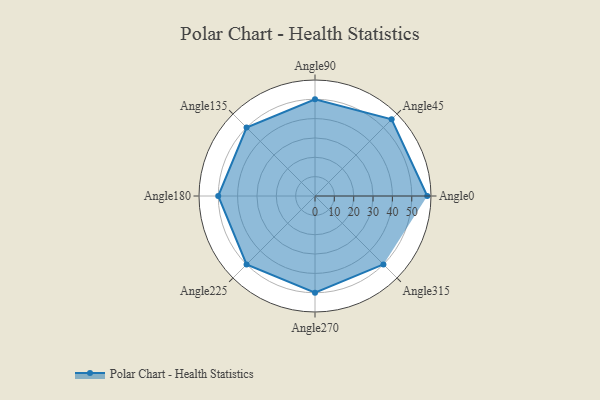
{"axis": {"x": "Angle", "y": "Radius"}, "legend": [""], "data": [{"x": "Angle0", "y": 58.0, "type": ""}, {"x": "Angle45", "y": 56.0, "type": ""}, {"x": "Angle90", "y": 50.0, "type": ""}, {"x": "Angle135", "y": 50, "type": ""}, {"x": "Angle180", "y": 50, "type": ""}, {"x": "Angle225", "y": 50, "type": ""}, {"x": "Angle270", "y": 50, "type": ""}, {"x": "Angle315", "y": 50, "type": ""}]}